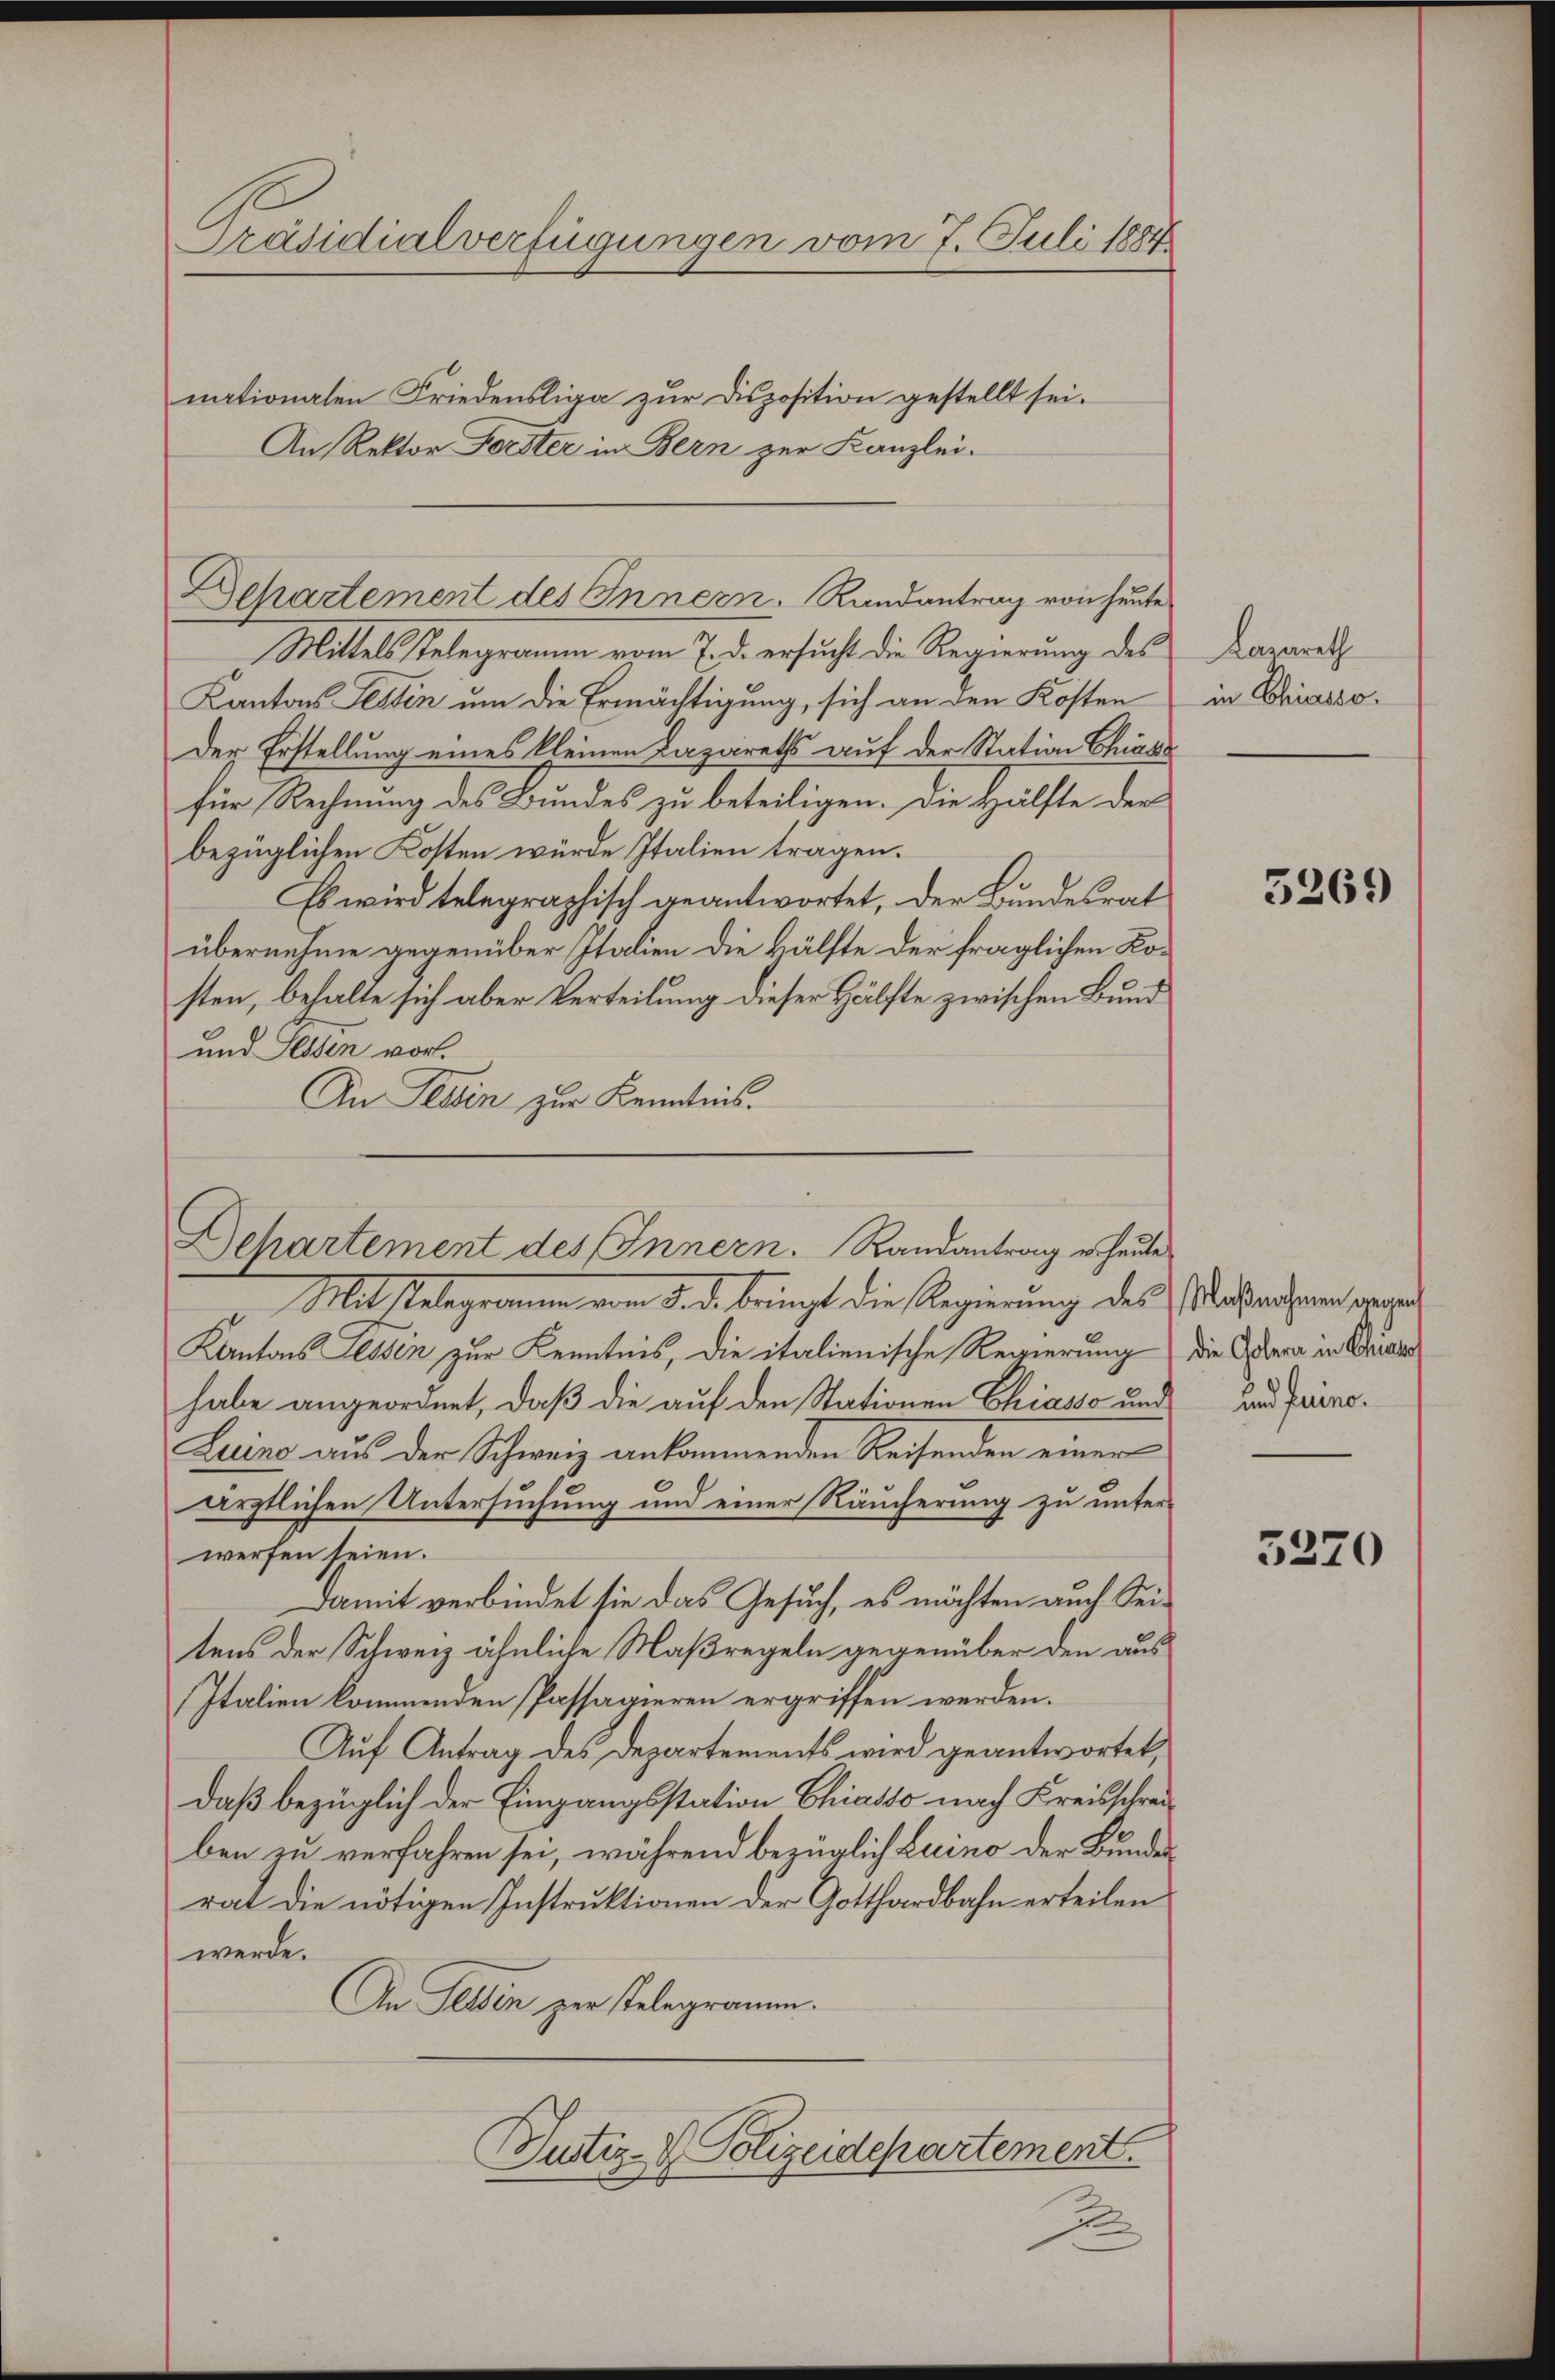
Präsidialverfügungen vom 7. Juli 1884
nationalen Friedensliga zur Disposition gestellt sei.
An Rektor Forster in Bern zur Kanzlei-

Mittels Telegramm vom 7. d. ersucht die Regierung des
Kantons Testin um die Ermächtigung, sich an den Kosten
Der Erstellung eines kleinen Lazareths auf der Station Chiass
für Rechnung des Bundes zu beteiligen. Die Hälfte der
bezüglichen Kosten würde Italien tragen.
Es wird telegraphisch geantwortet, der Bundesrat
übernehme gegenüber Italien die Hälfte der fraglichen Kosten, behalte sich aber Verteilung dieser Hälfte zwischen Bund
und Tessen vor.
An Tessin zur Kenntnis.

Mitstelegramen vom 5. d. bringt die Regierung des Maßnahmen sorgen
Kantons Tessin zur Kenntnis, die italienische Regierung
habe angeordnet, daß die auf den Stationen Chiasso und
Luine aus der Schweiz ankommenden Reisenden einer
ärztlichen Untersuchung und einer Räucherung zu unterwerfen seien.
Damit verbindet sie das Gesuch, es möchten auch Seitens der Schweiz ähnliche Maßregeln gegenüber den aus
Italien kommenden Passagieren ergriffen werden.
Auf Antrag des Departements wird geantwortet,
daß bezüglich der Eingangsstation Chiasso nach Kreisschreiben zu verfahren sei, während bezüglich Luino der Bundesrat die nötigen Instruktionen der Gotthardbahn erteilen
werde.
An selben zur stelegramm.
Justiz- & Polizeidepartement.
J

Behartement des Innern. Randantrag von heute

Dehartement des Innern. Randantrag er heute

Lazareth
in Chiasso.

5269

die Golera in Chias
und fuino.

3220